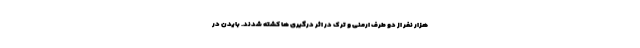
هزار نفر از دو طرف ارمنی و ترک در اثر درگیری ها کشته شدند. بایدن در